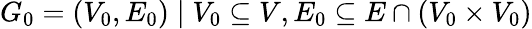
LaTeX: G_{0}=(V_{0},E_{0})\mid V_{0}\subseteq V,E_{0}\subseteq E\cap(V_{0}\times V_{0})